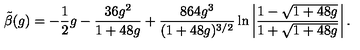
\tilde { \beta } ( g ) = - \frac { 1 } { 2 } g - \frac { 3 6 g ^ { 2 } } { 1 + 4 8 g } + \frac { 8 6 4 g ^ { 3 } } { ( 1 + 4 8 g ) ^ { 3 / 2 } } \ln \left| \frac { 1 - \sqrt { 1 + 4 8 g } } { 1 + \sqrt { 1 + 4 8 g } } \right| .